Annual statistical returns and brief notes on vaccination in Bengal - 1887-1898
Year: 1887
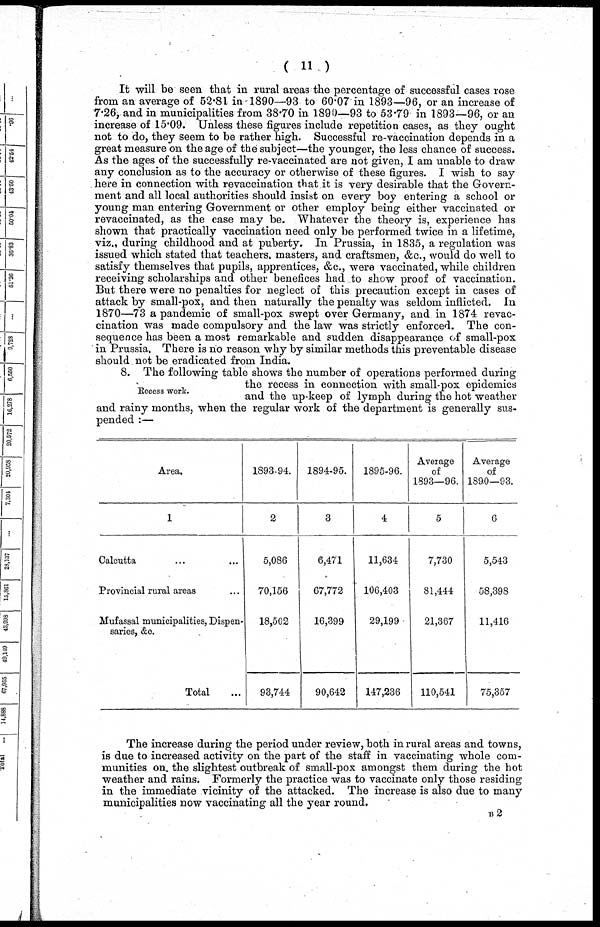
( 11 )
It will be seen that in rural areas the percentage of successful cases rose
from an average of 52.81 in 1890—93 to 60.07 in 1893—96, or an increase of
7.26, and in municipalities from 38.70 in 1890—93 to 53.79 in 1893—96, or an
increase of 15.09. Unless these figures include repetition cases, as they ought
not to do, they seem to be rather high. Successful re-vaccination depends in a
great measure on the age of the subject—the younger, the less chance of success.
As the ages of the successfully re-vaccinated are not given, I am unable to draw
any conclusion as to the accuracy or otherwise of these figures. I wish to say
here in connection with revaccination that it is very desirable that the Govern-
ment and all local authorities should insist on every boy entering a school or
young man entering Government or other employ being either vaccinated or
revaccinated, as the case may be. Whatever the theory is, experience has
shown that practically vaccination need only be performed twice in a lifetime,
viz., during childhood and at puberty. In Prussia, in 1835, a regulation was
issued which stated that teachers, masters, and craftsmen, &c., would do well to
satisfy themselves that pupils, apprentices, &c., were vaccinated, while children
receiving scholarships and other benefices had to show proof of vaccination.
But there were no penalties for neglect of this precaution except in cases of
attack by small-pox, and then naturally the penalty was seldom inflicted. In
1870—73 a pandemic of small-pox swept over Germany, and in 1874 revac-
cination was made compulsory and the law was strictly enforced. The con-
sequence has been a most remarkable and sudden disappearance of small-pox
in Prussia. There is no reason why by similar methods this preventable disease
should not be eradicated from India.
Recess work.
8. The following table shows the number of operations performed during
the recess in connection with small-pox epidemics
and the up-keep of lymph during the hot weather
and rainy months, when the regular work of the department is generally sus-
pended :—
Area.
1
Calcutta ... ...
Provincial rural areas ...
Mufassal municipalities, Dispen-
saries, &c.
Total ...
1893-94.
2
5,086
70,156
18,502
93,744
1894-95.
3
6,471
67,772
16,399
90,642
1895-96.
4
11,634
106,403
29,199
147,236
Average
of
1893—96.
5
7,730
81,444
21,367
110,541
Average
of
1890—93.
6
5,543
58,398
11,416
75,357
The increase during the period under review, both in rural areas and towns,
is due to increased activity on the part of the staff in vaccinating whole com-
munities on the slightest outbreak of small-pox amongst them during the hot
weather and rains. Formerly the practice was to vaccinate only those residing
in the immediate vicinity of the attacked. The increase is also due to many
municipalities now vaccinating all the year round.
B2